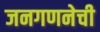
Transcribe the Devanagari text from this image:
जनगणनेची